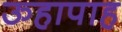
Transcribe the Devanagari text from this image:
ऊहापाह